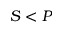
S < P